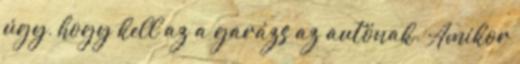
úgy, hogy kell az a garázs az autónak. Amikor